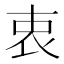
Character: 衷